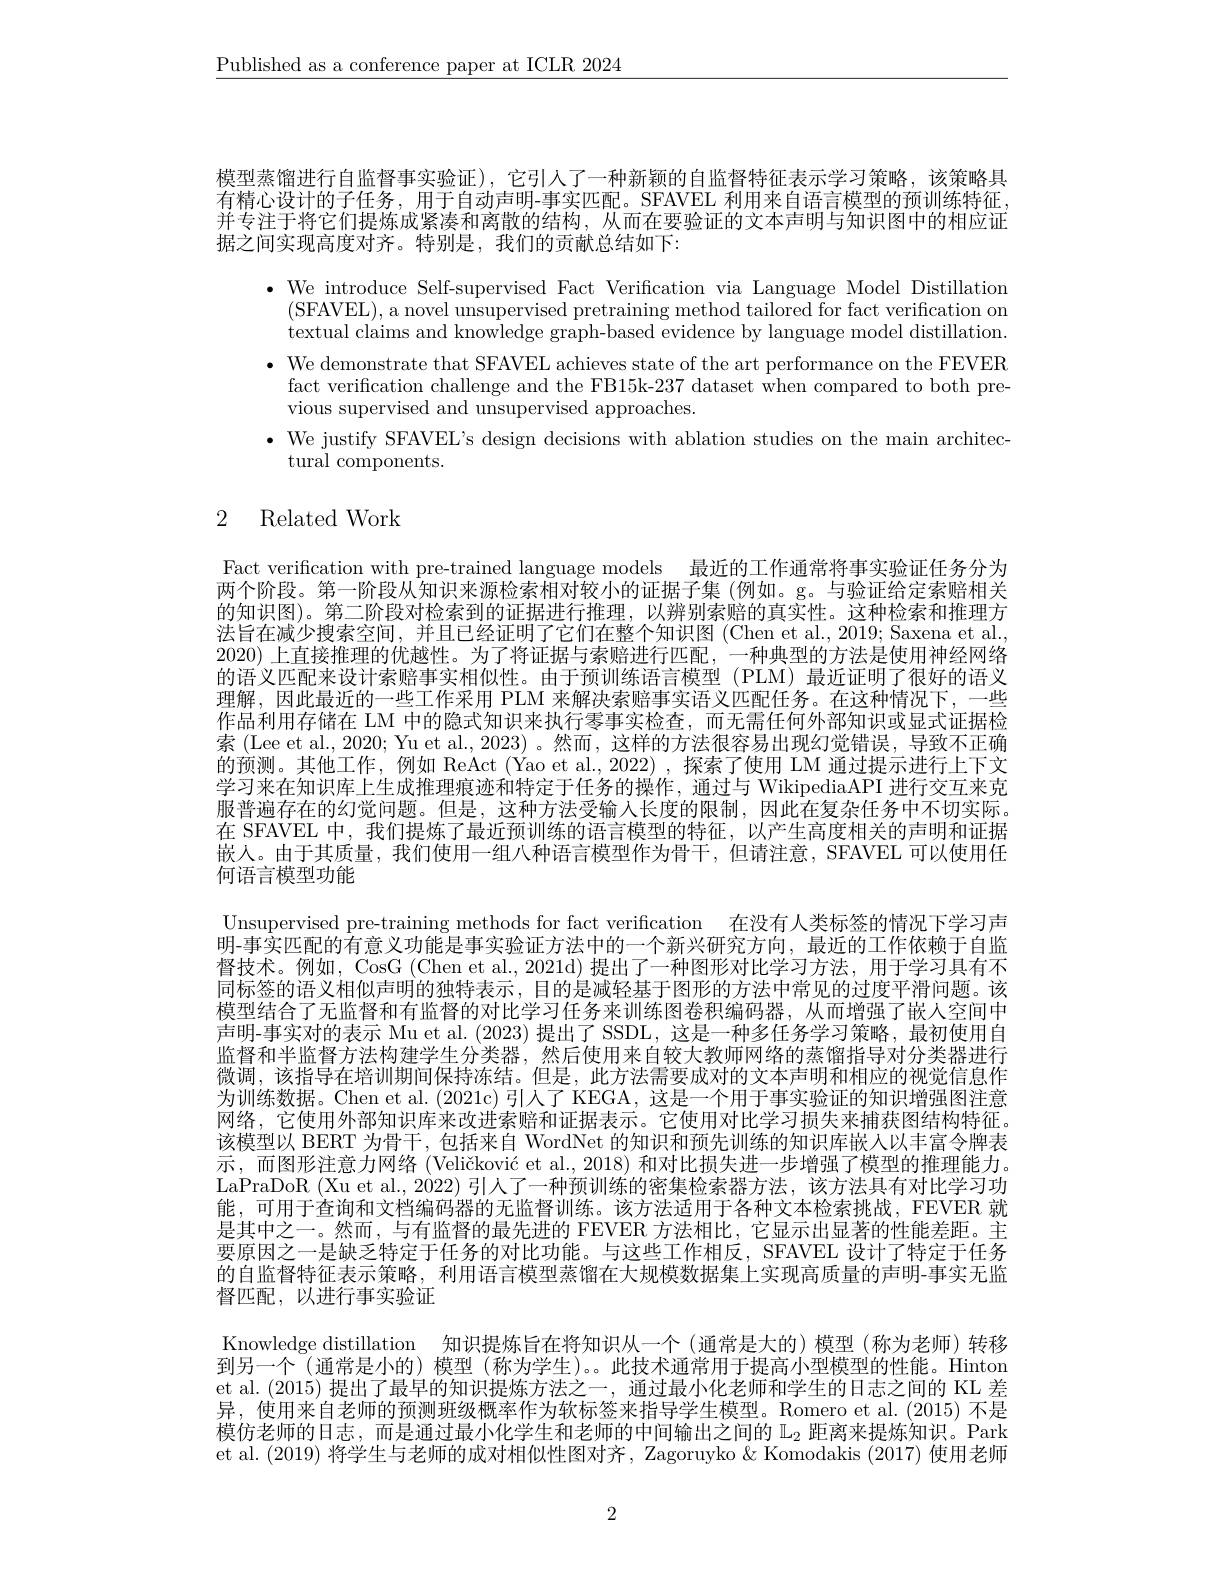
$\underline{\text{Published as a conference paper at ICLR 2024}}$

模型蒸馏进行自监督事实验证),它引人了一种新颖的自监督特征表示学习策略，该策略具有精心设计的子任务，用于自动声明-事实匹配。SFAVEL 利用来自语言模型的预训练特征并专注于将它们提炼成紧凑和离散的结构，从而在要验证的文本声明与知识图中的相应证据之间实现高度对齐。特别是，我们的贡献总结如下：

$\bullet$ We introduce Self-supervised Fact Verification via Language Model Distillation
(SFAVEL), a novel unsupervised pretraining method tailored for fact verification on textual claims and knowledge graph-based evidence by language model distillation.
· We demonstrate that SFAVEL achieves state of the art performance on the FEVER
fact verification challenge and the FB15k-237 dataset when compared to both pre-
vious supervised and unsupervised approaches.
$\bullet$ We justify SFAVEL's design decisions with ablation studies on the main architec-
tural components.

# 2 Related Work

Fact verification with pre-trained language models 最近的工作通常将事实验证任务分为两个阶段。第一阶段从知识来源检索相对较小的证据子集 (例如。g。与验证给定索赔相关的知识图)。第二阶段对检索到的证据进行推理，以辨别索赔的真实性。这种检索和推理方法旨在减少搜索空间，并且已经证明了它们在整个知识图 (Chen et al., 2019; Saxena et al. 2020) 上直接推理的优越性。为了将证据与索赔进行匹配，一种典型的方法是使用神经网络的语义匹配来设计索赔事实相似性。由于预训练语言模型(PLM)最近证明了很好的语义理解，因此最近的一些工作采用 PLM 来解决索赔事实语义匹配任务。在这种情况下，一些作品利用存储在 LM 中的隐式知识来执行零事实检查，而无需任何外部知识或显式证据检索 (Lee et al., 2020; Yu et al., 2023) 。然而，这样的方法很容易出现幻觉错误，导致不正确的预测。其他工作，例如 ReAct (Yao et al.,2022),探索了使用 LM 通过提示进行上下文学习来在知识库上生成推理痕迹和特定于任务的操作，通过与 WikipediaAPI 进行交互来克服普遍存在的幻觉问题。但是，这种方法受输入长度的限制，因此在复杂任务中不切实际。在 SFAVEL 中，我们提炼了最近预训练的语言模型的特征，以产生高度相关的声明和证据嵌人。由于其质量，我们使用一组八种语言模型作为骨干，但请注意，SFAVEL可以使用任何语言模型功能
Unsupervised pre-training methods for fact verification 在没有人类标签的情况下学习声明-事实匹配的有意义功能是事实验证方法中的一个新兴研究方向，最近的工作依赖于自监督技术。例如，CosG (Chen et al., 2021d) 提出了一种图形对比学习方法，用于学习具有不同标签的语义相似声明的独特表示，目的是减轻基于图形的方法中常见的过度平滑问题。该模型结合了无监督和有监督的对比学习任务来训练图卷积编码器，从而增强了嵌人空间中声明-事实对的表示 Mu et al. (2023) 提出了 SSDL, 这是一种多任务学习策略，最初使用自监督和半监督方法构建学生分类器，然后使用来自较大教师网络的蒸馏指导对分类器进行微调，该指导在培训期间保持冻结。但是，此方法需要成对的文本声明和相应的视觉信息作为训练数据。Chen et al. (2021c) 引人了 KEGA, 这是一个用于事实验证的知识增强图注意网络，它使用外部知识库来改进索赔和证据表示。它使用对比学习损失来捕获图结构特征该模型以 BERT 为骨干，包括来自 WordNet 的知识和预先训练的知识库嵌人以丰富令牌表示，而图形注意力网络 (Veličković et al., 2018) 和对比损失进一步增强了模型的推理能力。LaPraDoR (Xu et al.,2022)引人了一种预训练的密集检索器方法，该方法具有对比学习功能，可用于查询和文档编码器的无监督训练。该方法适用于各种文本检索挑战，FEVER 就是其中之一。然而，与有监督的最先进的 FEVER 方法相比，它显示出显著的性能差距。主要原因之一是缺乏特定于任务的对比功能。与这些工作相反，SFAVEL 设计了特定于任务的自监督特征表示策略，利用语言模型蒸馏在大规模数据集上实现高质量的声明-事实无监督匹配，以进行事实验证
Knowledge distillation 知识提炼旨在将知识从一个 (通常是大的)模型 (称为老师)转移到另一个 (通常是小的) 模型 (称为学生)。此技术通常用于提高小型模型的性能。Hinton et al. (2015) 提出了最早的知识提炼方法之一，通过最小化老师和学生的日志之间的 KL 差异，使用来自老师的预测班级概率作为软标签来指导学生模型。Romero et al.(2015) 不是模仿老师的日志，而是通过最小化学生和老师的中间输出之间的$\mathbb{L}_2$距离来提炼知识。Park et al. (2019) 将学生与老师的成对相似性图对齐，Zagoruyko& Komodakis (2017) 使用老师

2